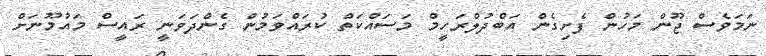
ނަމަވެސް ޖޫން މަހުން ފެށިގެން އަބްދުލްރަހީމް މަސައްކަތް ކުރައްވަމުން ގެންދަވަނީ ރައީސް މައުމޫނަށް